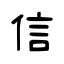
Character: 信